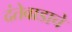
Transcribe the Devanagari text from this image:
दंतेवाडाचे